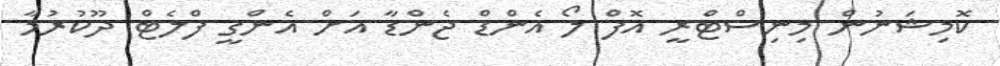
ކޮމިޝަނުން މިނިސްޓްރީ އޮފް ލޯ އެންޑް ޖެންޑާ އަށް އެންގީ ފްލެޓް ދޫކުރުމާ